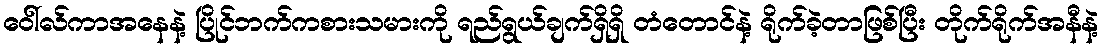
ဝေါ်လ်ကာအနေနဲ့ ပြိုင်ဘက်ကစားသမားကို ရည်ရွယ်ချက်ရှိရှိ တံတောင်နဲ့ ရိုက်ခဲ့တာဖြစ်ပြီး တိုက်ရိုက်အနီနဲ့